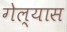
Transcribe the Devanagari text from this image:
गेल्‍यास